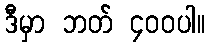
ဒီမှာ ဘတ် ၄၀၀ပါ။